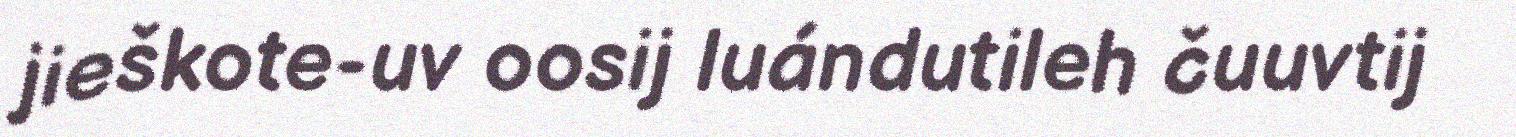
jieškote-uv oosij luándutileh čuuvtij